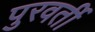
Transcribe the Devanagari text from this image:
पुरवर्ती